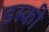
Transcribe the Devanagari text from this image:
डस्की